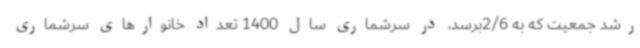
رشد جمعیت که به 2/6برسد، در سرشماری سال 1400 تعداد خانوارهای سرشماری